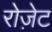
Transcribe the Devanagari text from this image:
रोजे़ट